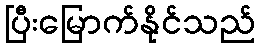
ပြီးမြောက်နိုင်သည်